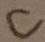
Text: C